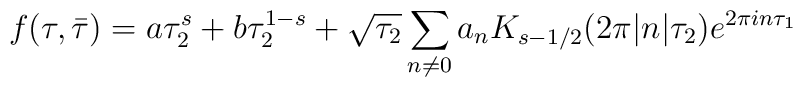
f(\tau,\bar\tau) = a \tau_2^s + b \tau_2^{1-s} + \sqrt{\tau_2} \sum_{n\ne 0} a_n K_{s-1/2}(2\pi|n|\tau_2) e^{2\pi i n \tau_1}